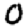
Digit: 0